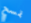
تمسح